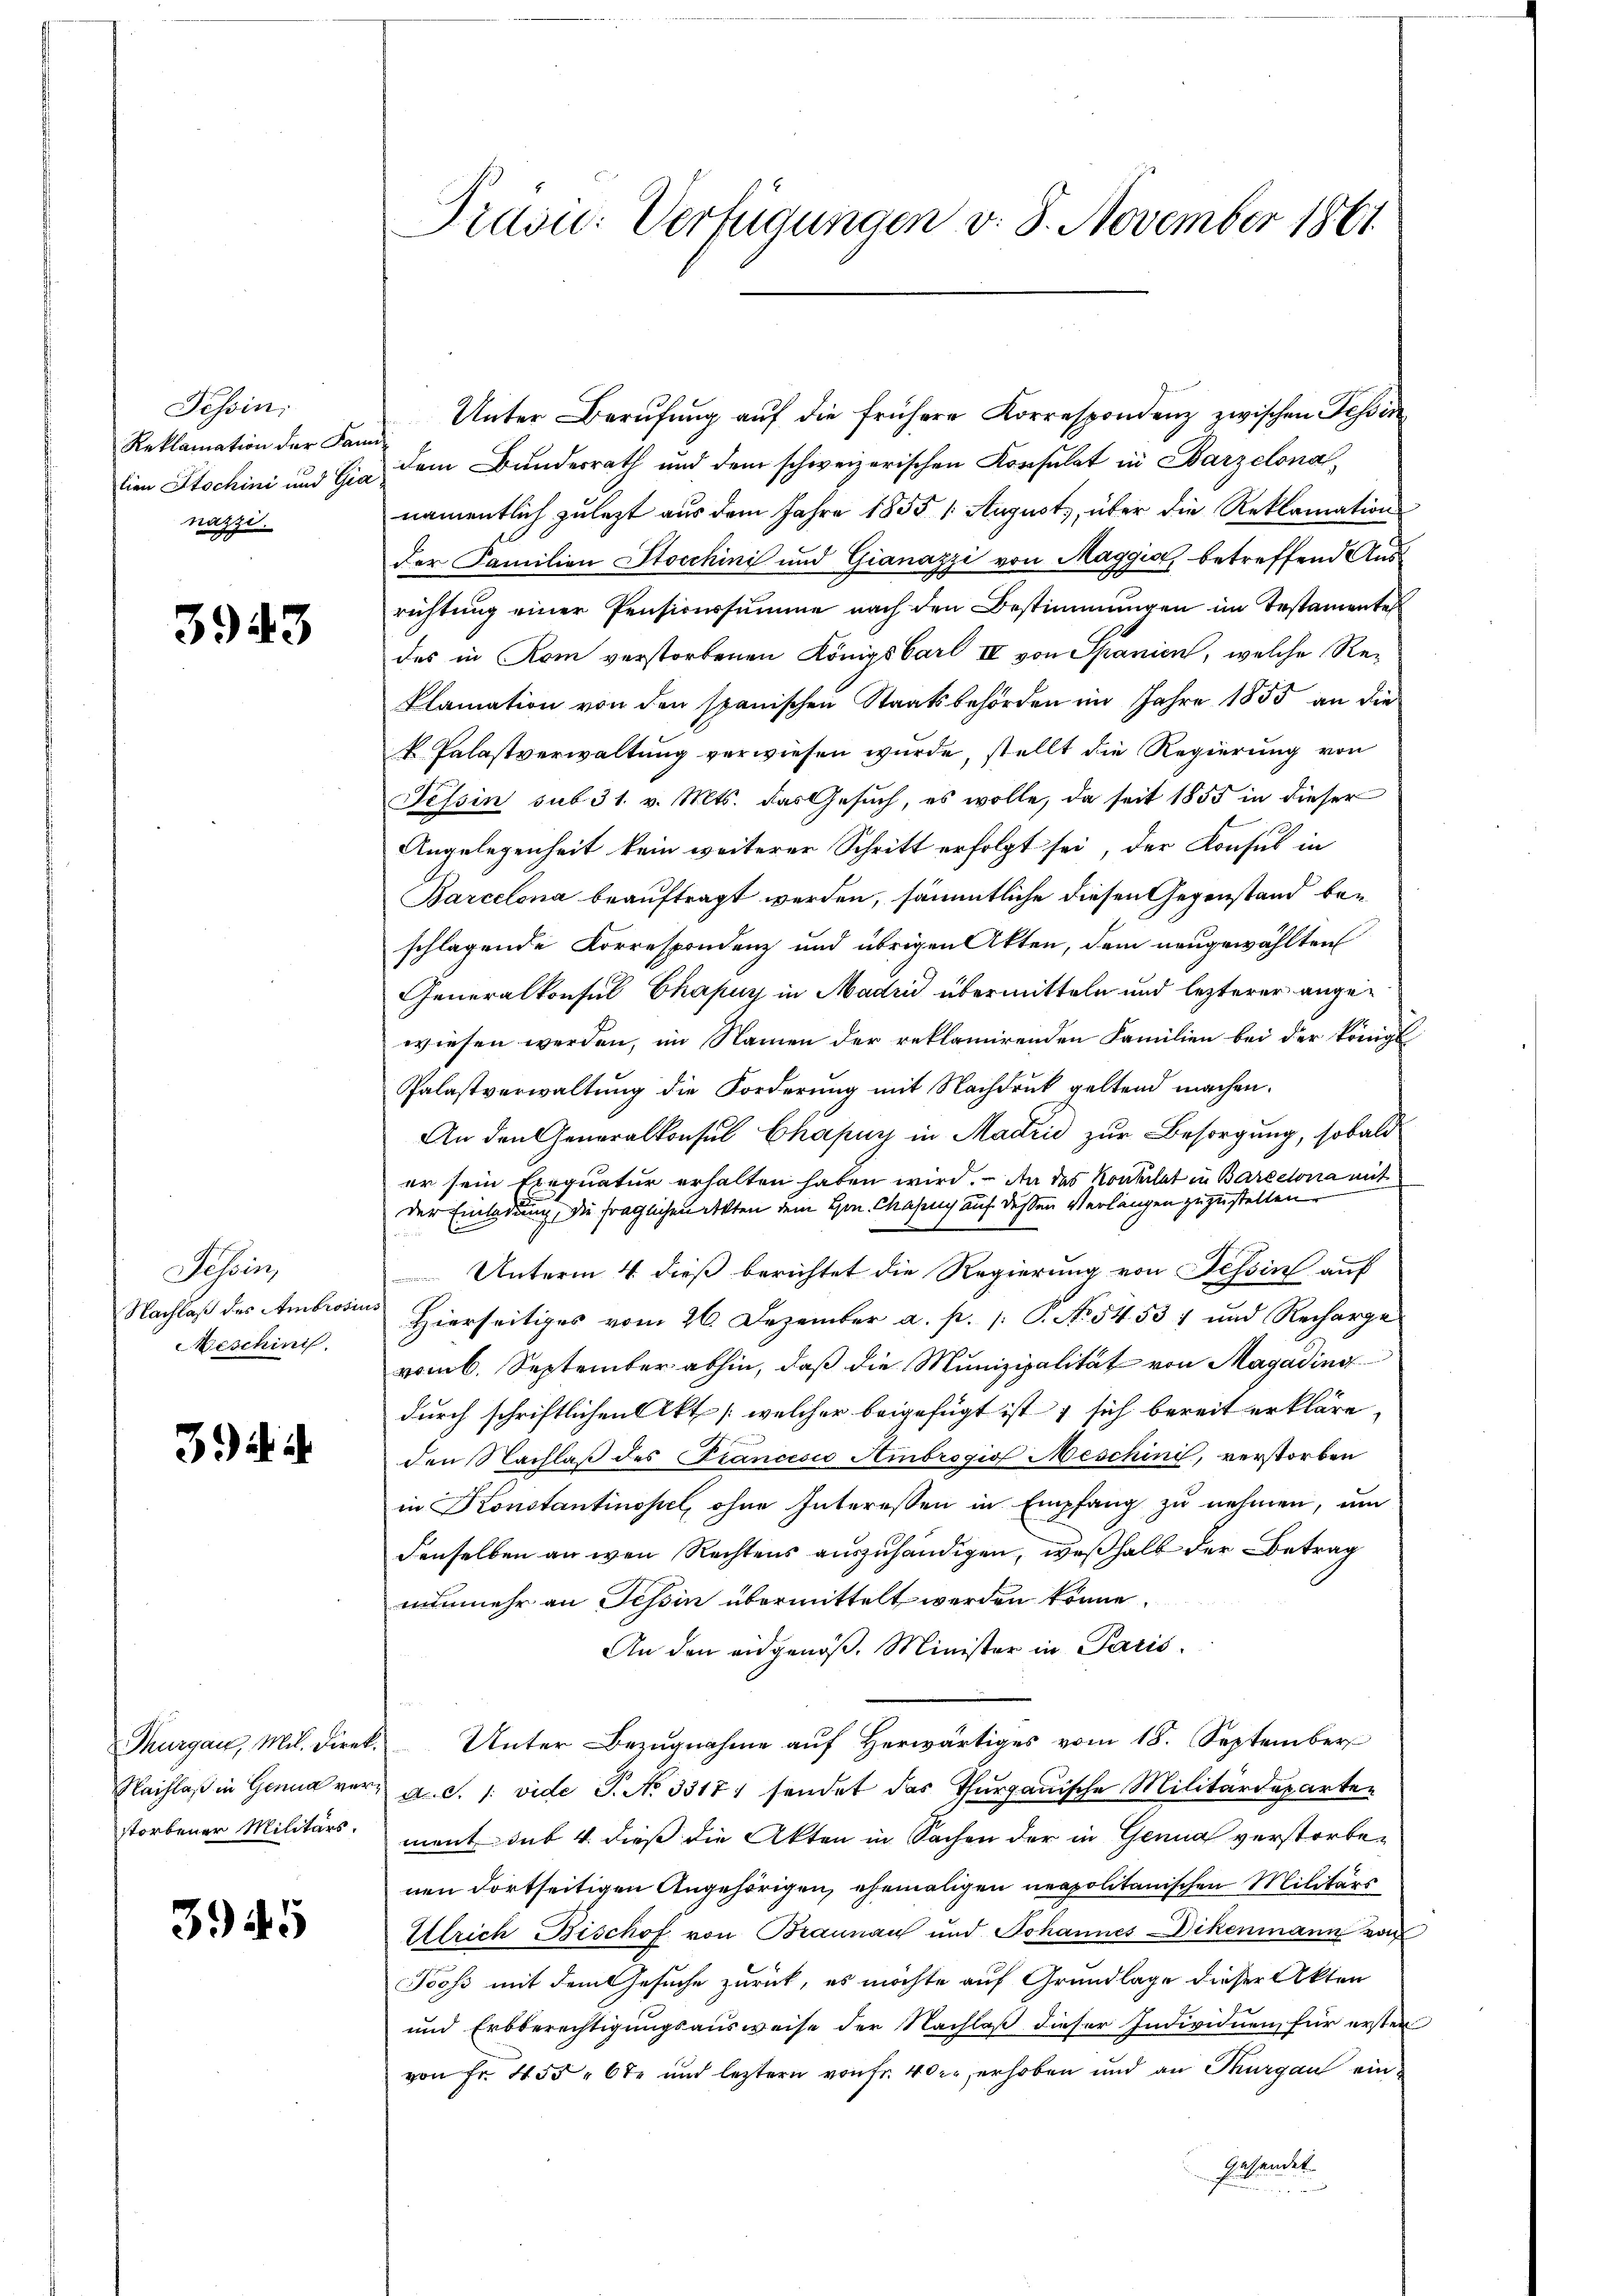
Tessin:
Reklamation der Fam
lien Stochini und Ger
nazzi.

3943

Tessin,
Nachlaß des Ambrosi
Meschinis

3. d. d.

Thurgau, Mil. Direk¬
Nachlaß in Genua verstorbener Militärs.

345

Didon: Verfügungen v. 8. November 1861

Unter Berufung auf die frühere Korrespondenz zwischen Tessin
dem Bundesrath und dem schweizerischen Konsulat in Barzelona,
namentlich zulezt aus dem Jahre 1855 1 August, über die Reklamation
der Familien Stocchini und Gianazzi von Maggio, betreffend Ausrichtung einer Pensionssumme nach den Bestimmungen im Testamentes
des in Rom verstorbenen Königs Carl IV von Spanien, welche Re¬
Plamation von den spanischen Staatsbehörden im Jahre 1855 an die
k. Palastverwaltung verwiesen wurde, stellt die Regierung von
Tessin sub 31. v. Mts. das Gesuch, es wolle, da seit 1855 in dieser
Angelegenheit kein weiterer Schritt erfolgt sei, der Konsul in
Barcelona beauftragt werden, sämmtliche diesen Gegenstand beschlagende Korrespondenz und übrigen Akten, dem neugewählten
Generalkonsul Chapuy in Madri übermitteln und lezterer angewiesen werden, im Namen der reklamirenden Familien bei der Königl
Palastverwaltung die Forderung mit Nachdruck geltend machen.
An den Generalkonsul Chapuy in Madrid zur Besorgung, sobald
er sein Exequatur erhalten haben wird. An des Konsulat in Barcelona mit
der Einladung, die fraglichen Akten dem Hrn. Casing auf dessen Verlangen zuzustellen.
Unterm 4. dieß berichtet die Regierung von Tessin auf
Hierseitiges vom 26. Dezember a. p. /: P. No. 54. 531 und Recharge
vom 6. September abhin, daß die Munizipalität von Magading
durch schriftlichen Akt [welcher beigefügt ist & sich bereit erkläre,
den Nachlaß des Prancesco Ambrogio Meschini, verstorben
in Konstantinopel, ohne Interessen in Empfang zu nehmen, um
denselben an wen Rechtens auszuhändigen, weßhalb der Betrag
nunmehr an Tessin übermittelt werden könne.
An den eidgenöß. Minister in Paris.
 Unter Bezugnahme auf Herwärtiges vom 18. September
a. c. /: vide S. No 3317) sendet das Thurgauische Militärdepartement sub 4. dieß die Akten in Sachen der in Genua verstorbenen dortseitigen Angehörigen, ehemaligen neapolitanischen Militärs
Ulrich Bischof von Braunau und Johannes Dikenmann von
Tooss mit dem Gesuche zurück, es möchte auf Grundlage dieser Akten
und Erbberechtigungsausweise der Nachlaß dieser Individuen, für ersten
von Fr. 455 " 6te und leztern von fr. 400 erhoben und an Thurgau ein-
gesendet.
.